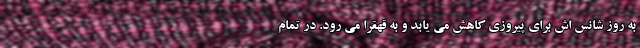
به روز شانس اش برای پیروزی کاهش می یابد و به قهقرا می رود. در تمام